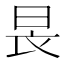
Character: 𣌪